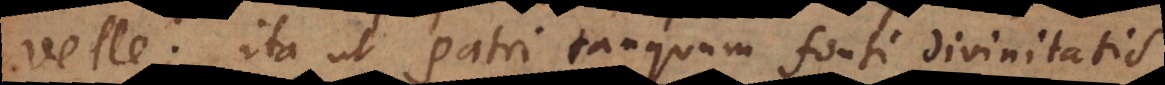
velle; ita ut Patri tanquam fonti divinitatis